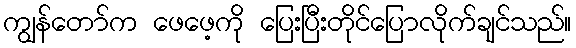
ကျွန်တော်က ဖေဖေ့ကို ပြေးပြီးတိုင်ပြောလိုက်ချင်သည်။